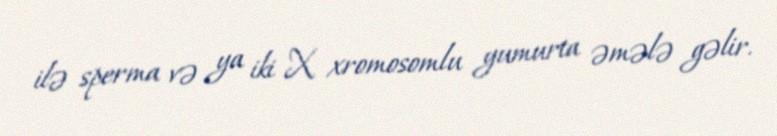
ilə sperma və ya iki X xromosomlu yumurta əmələ gəlir.